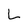
Character: L